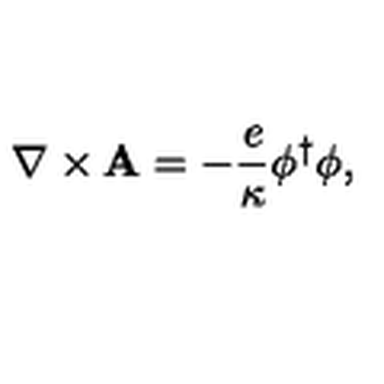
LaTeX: { \bf \nabla } \times { \bf A } = - \frac { e } { \kappa } \phi ^ { \dagger } \phi ,